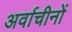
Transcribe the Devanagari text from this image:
अर्वाचीनों